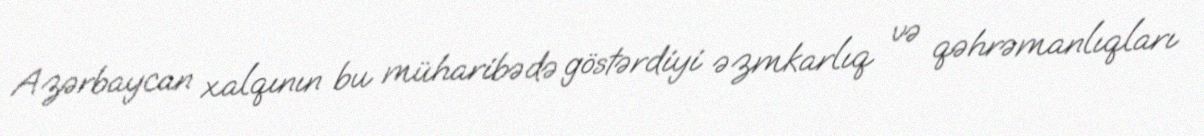
Azərbaycan xalqının bu müharibədə göstərdiyi əzmkarlıq və qəhrəmanlıqları